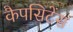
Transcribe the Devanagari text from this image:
कैपसिटेंस